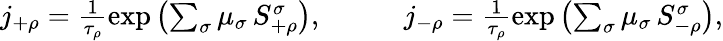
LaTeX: \begin{array}{rlr}{j_{+\rho}=\frac{1}{\tau_{\rho}}\exp\left(\sum_{\sigma}\mu_{\sigma}\, S_{+\rho}^{\sigma}\right),}&{{}\quad}&{j_{-\rho}=\frac{1}{\tau_{\rho}}\exp\left(\sum_{\sigma}\mu_{\sigma}\, S_{-\rho}^{\sigma}\right),}\end{array}